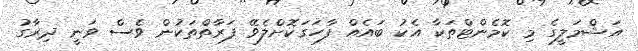
އަޝްމަލީގެ މި ކޮމެންޓްތަކާ އެކު ބައެއް ފާހަގަކޮށްލެވޭ ފަރާތްތަކުން ވެސް ވަނީ ދިރާގު